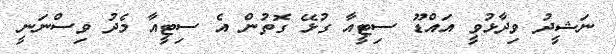
ނަޝީދު ވިދާޅުވީ އައްޑޫ ސިޓީއާ ގުޅޭ ގޮތުން އެ ސިޓީއާ މެދު ވިސްނަނީ